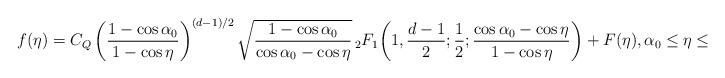
LaTeX: \begin{align*}f(\eta) = C_Q\, \bigg(\frac{1-\cos\alpha_0}{1-\cos\eta} \bigg)^{(d-1)/2} \, \sqrt{\frac{1-\cos\alpha_0}{\cos\alpha_0-\cos\eta}} \, {}_2 F_1\bigg (1, \frac {d-1} {2};\frac {1} {2}; \frac{\cos\alpha_0-\cos\eta}{1-\cos\eta} \bigg) + F(\eta), \alpha_0 \leq \eta \leq \pi.\end{align*}